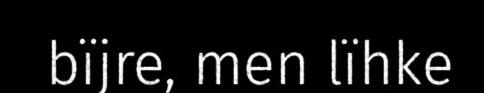
bïjre, men lïhke